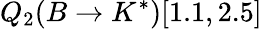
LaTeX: Q_{2}(B\to K^{*})[1.1,2.5]